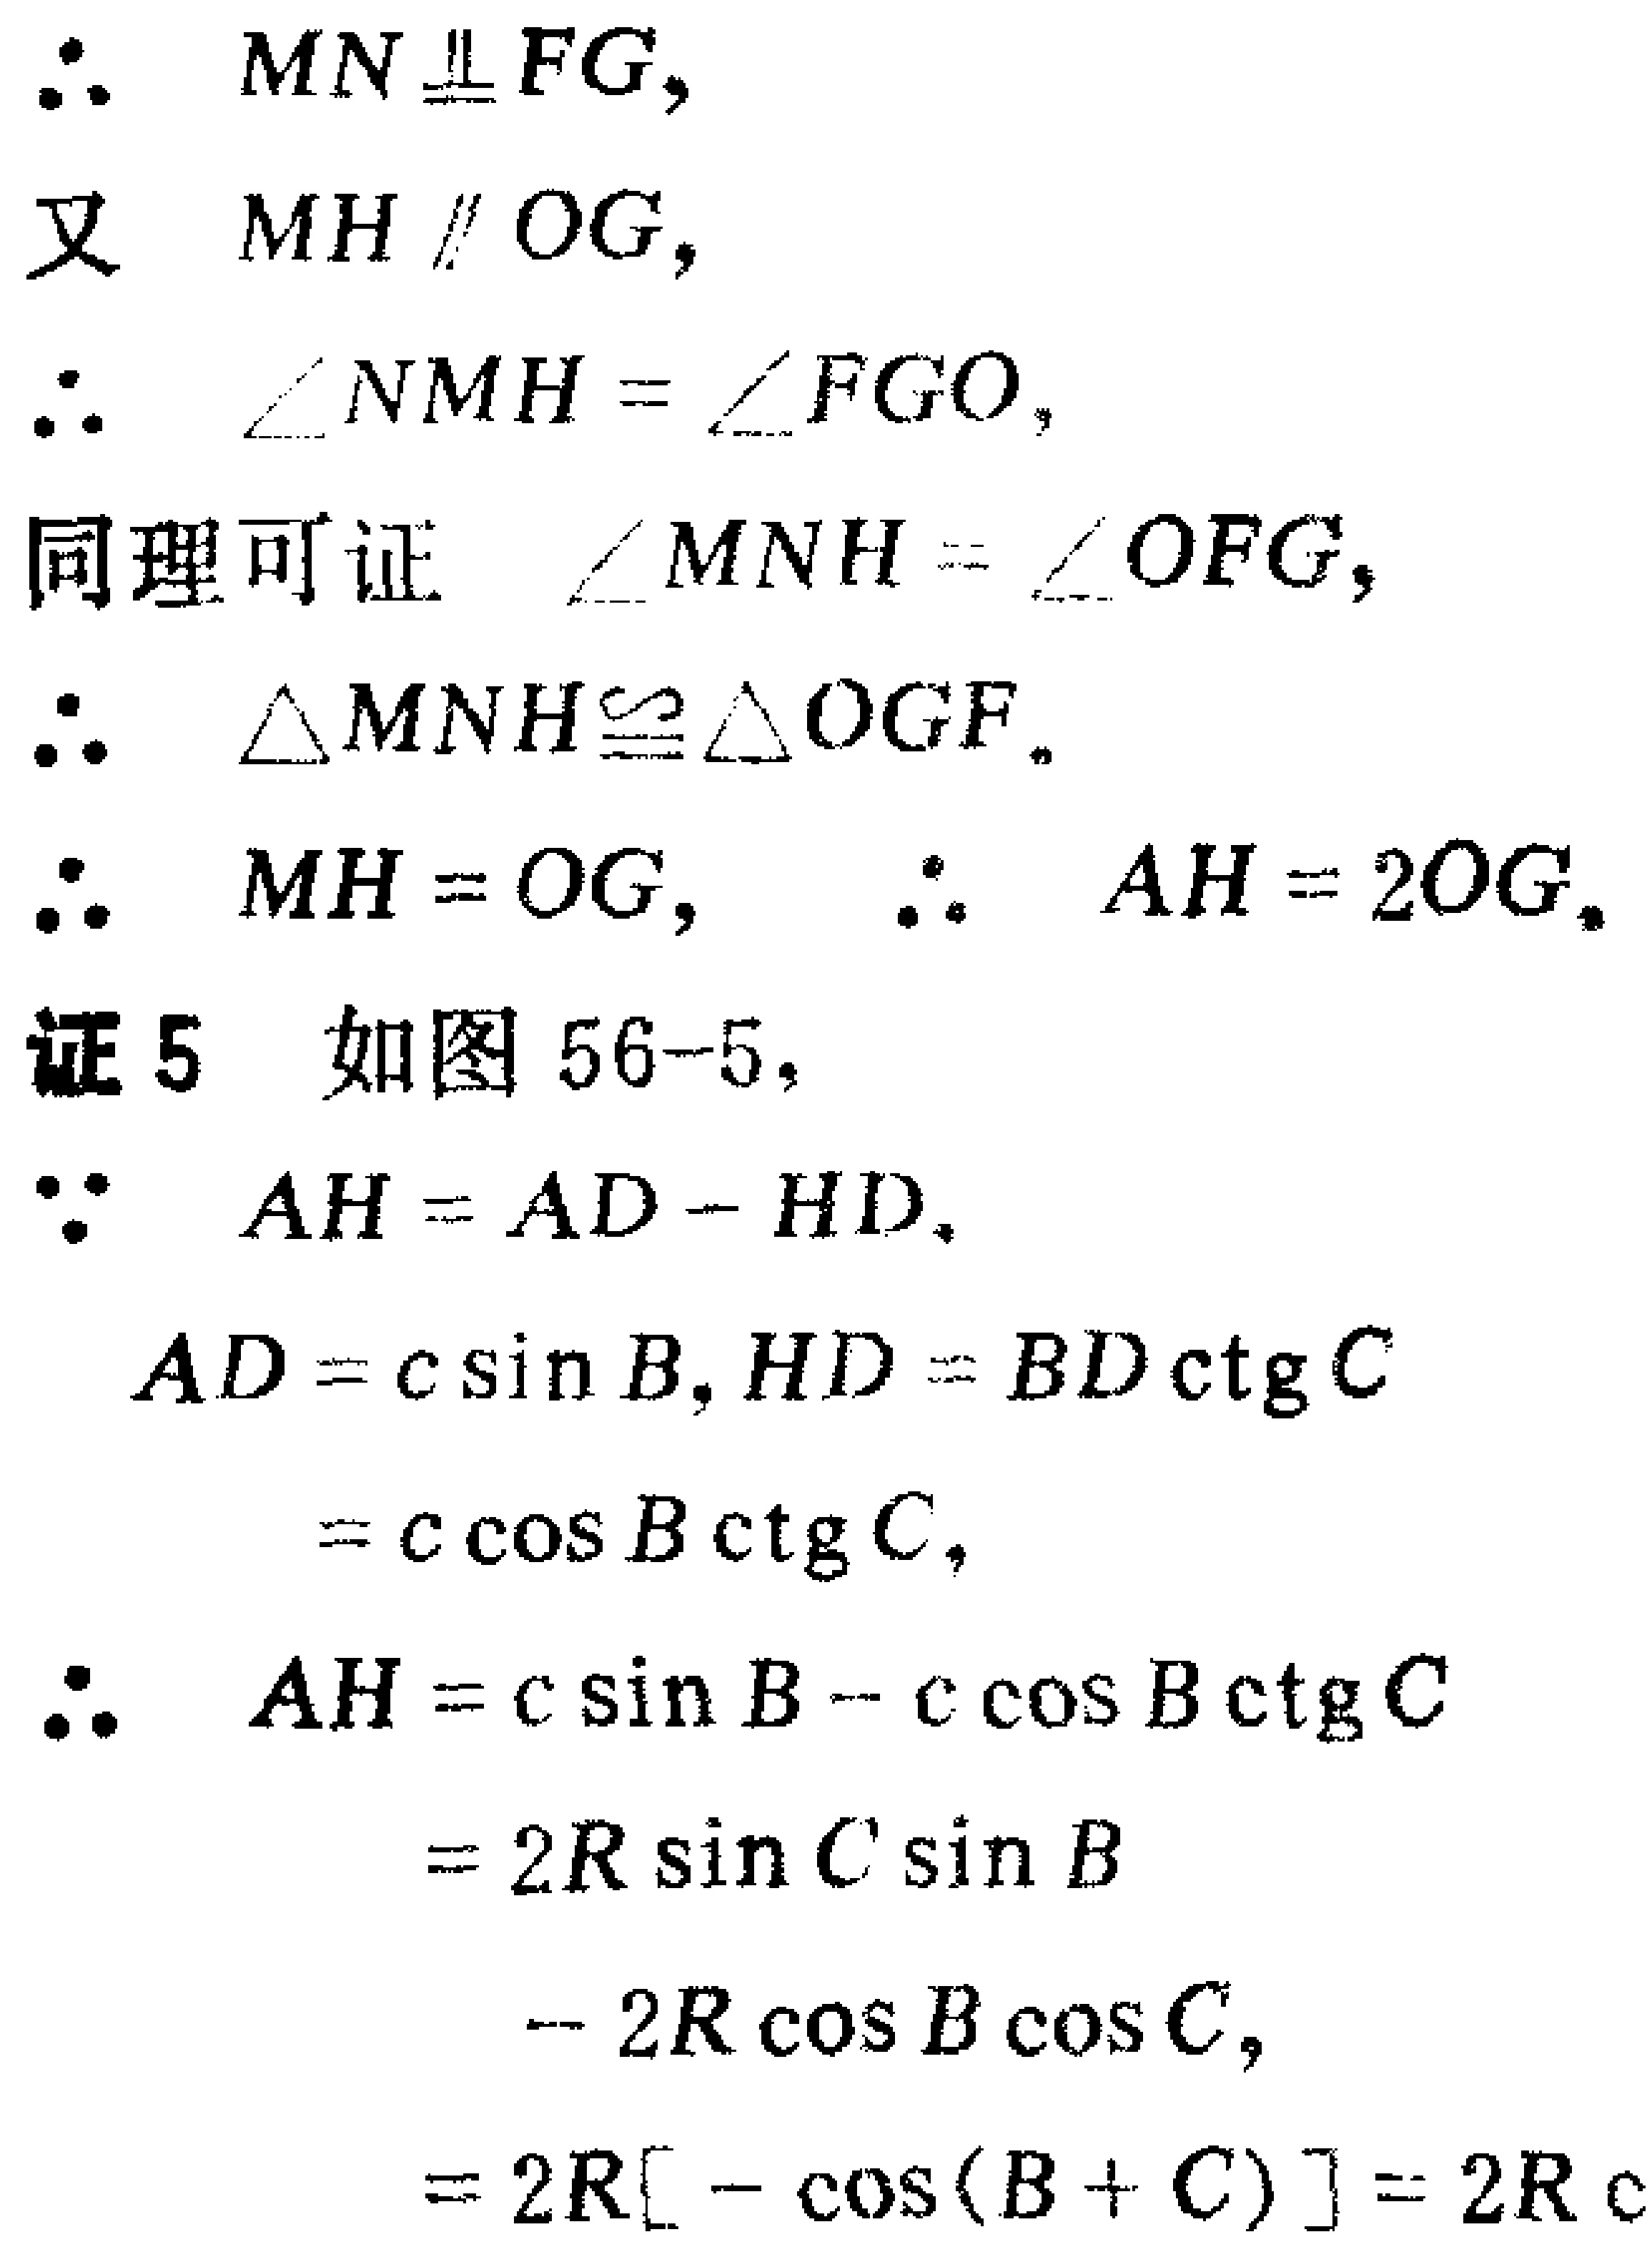
\(\therefore MN\perp FG,\)
又 \(MH\parallel OG,\)
\(\therefore \angle NMH = \angle FGO,\)
同理可证 \(\angle MNH = \angle OFG,\)
\(\therefore \triangle MNH\cong\triangle OGF.\)
\(\therefore MH = OG,\ \therefore AH = 2OG.\)
证5 如图56 - 5,
\(\because AH = AD - HD,\)
\(AD = c\sin B,HD = BD\mathrm{ctg}C\)
\(= c\cos B\mathrm{ctg}C,\)
\(\therefore AH = c\sin B - c\cos B\mathrm{ctg}C\)
\(= 2R\sin C\sin B\)
\(- 2R\cos B\cos C,\)
\(= 2R[-\cos(B + C)] = 2R c\)